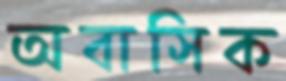
অবাসিক